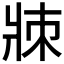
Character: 𤕹